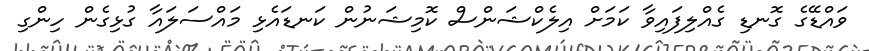
ވައްޑޭގެ ގޮނޑި ގެއްލިފައިވާ ކަމަށް އިލެކްޝަންސް ކޮމިޝަނުން ކަނޑައެޅި މައްސަލައާ ގުޅިގެން ހިންގި